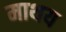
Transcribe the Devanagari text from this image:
माथय